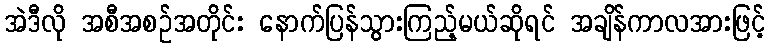
အဲဒီလို အစီအစဉ်အတိုင်း နောက်ပြန်သွားကြည့်မယ်ဆိုရင် အချိန်ကာလအားဖြင့်